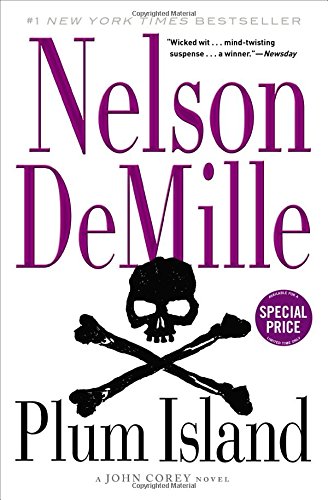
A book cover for Plum Island (Special Price); Nelson DeMille; Mystery, Thriller & Suspense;